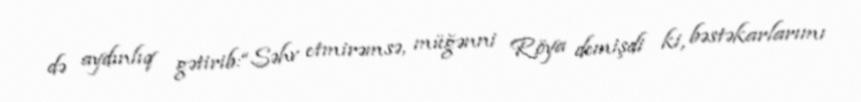
də aydınlıq gətirib:“Səhv etmirəmsə, müğənni Röya demişdi ki, bəstəkarlarımı